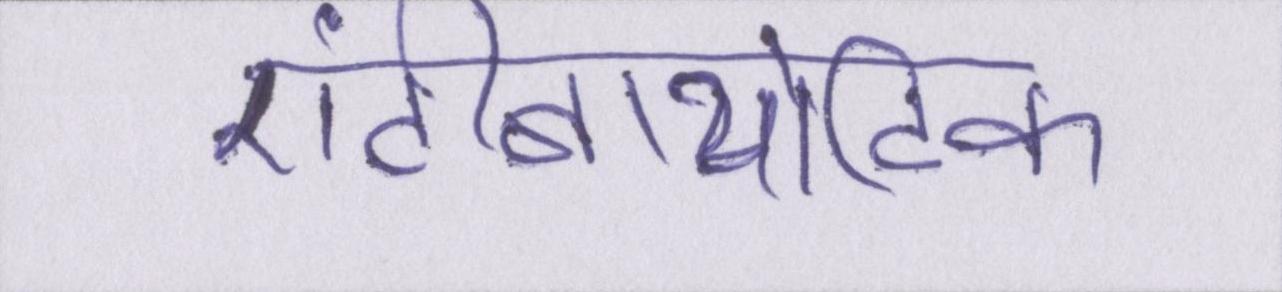
एंटीबायोटिक